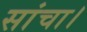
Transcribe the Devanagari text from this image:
सांचा।